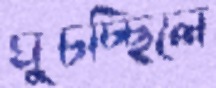
ঘুচচ্ছিলে